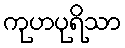
ကုဟပုရိသာ